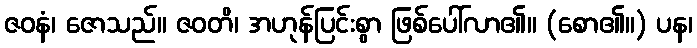
ဇဝနံ၊ ဇောသည်။ ဇဝတိ၊ အဟုန်ပြင်းစွာ ဖြစ်ပေါ်လာ၏။ (စော၏။) ပန၊